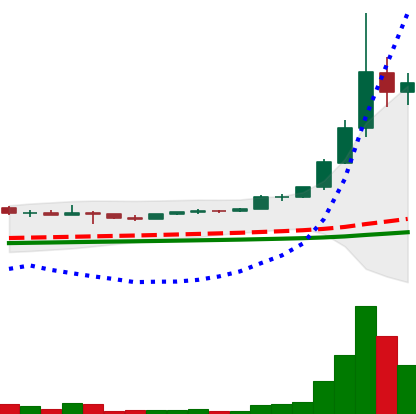
Ticker: ETC-USD
Chart end date: 2021-05-08
Forward return: -30.607%
Label: down_7plus